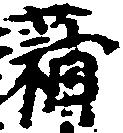
蒲